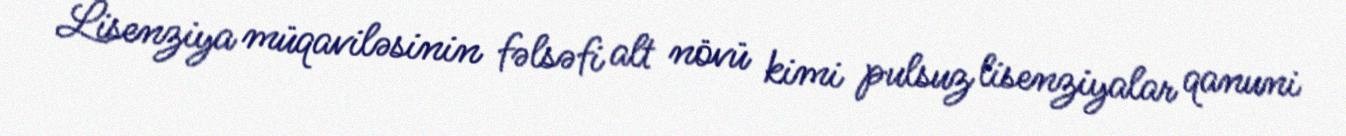
Lisenziya müqaviləsinin fəlsəfi alt növü kimi pulsuz lisenziyalar qanuni